Lunatic asylums Bombay report 1891-1903 - 1891-1903
Year: 1891
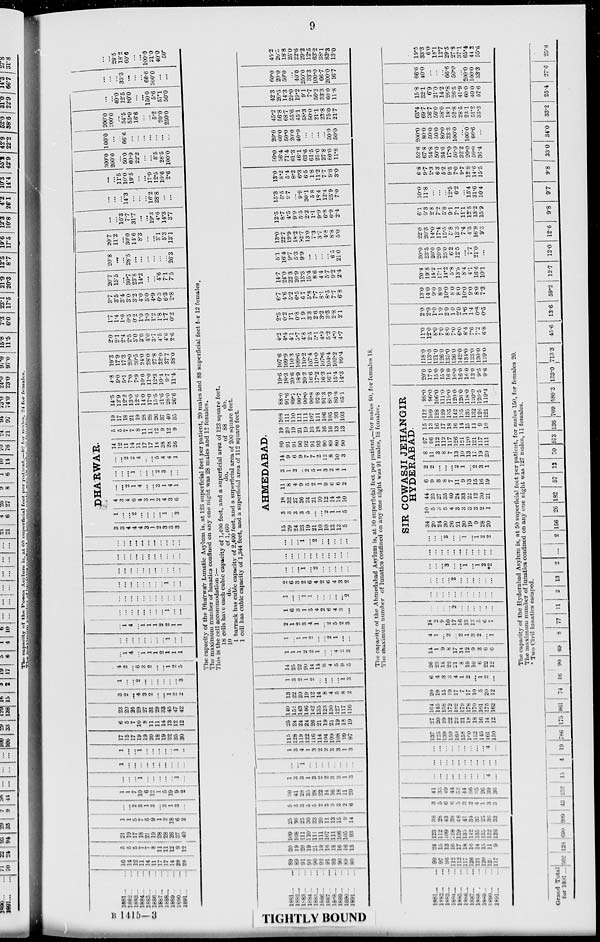
9
1881
...
...
1882 ... ...
1883 ... ...
1884 ... ...
1885 ... ...
1886 ... ...
1887 ... ...
1888 ... ...
1889 ... ...
1890 ...
...
1891
...
...
16
14
12
11
14
11
17
17
14
28
28
5
5
5
7
7
8
11
11
12
9
12
21
19
17
18
21
19
28
28
26
37
40
1
1
5
7
5
9
1
2
18
6
2
...
...
2
3
1
3
...
3
1
3
...
1
1
7
10
6
12
1
5
19
9
2
...
...
...
1
...
...
...
...
...
1
...
...
...
...
...
...
... ...
...
...
...
...
...
...
...
1
...
...
...
...
...
1i
...
17
15
17
19
19
20
18
19
32
35
30
6
5
7
10
8
11
11
14
13
12
12
23
20
24
29
27
31
29
33
45
47
42
3
2
...
4
3
2
...
...
1
2
2
1
...
...
2
...
...
...
...
...
...
3
4
2
...
6
3
2
...
...
1
2
5
...
1i
4
...
1
1
1
2
1
1
1
...
...
...
...
...
...
...
...
1
...
...
...
1
4
...
1
1
1
2
2
1
1
...
...
...
...
...
...
...
...
1
...
...
...
...
...
...
...
...
...
...
...
...
...
...
...
...
...
...
...
...
...
1
...
...
...
...
...
...
...
...
...
...
...
...
...
...
...
...
...
...
...
...
...
...
...
...
...
...
...
...
...
...
...
...
...
...
...
3
3
4
4
4
3
1
2
3
3
3
DHÁRWÁR.
1
...
...
2
...
...
...
...
1
...
3
4
3
4
6
4
3
1
2
4
3
6
...
...
2
1
4
...
...
3
1
4
1
...
...
...
1
...
...
...
2
3
...
...
...
...
2
2
4
...
...
5
4
4
1
14
12
11
14
11
17
17
14
28
28
26
5
5
7
7
8
11
11
12
9
12
9
19
17
18
21
19
28
28
26
37
40
35
14.5
12.9
12.2
13.0
12.6
14.0
17.0
15.5
21.6
28.0
26.6
4.8
5.0
5.1
7.0
7.9
10.0
11.0
12.3
10.4
9.7
11.4
19.3
17.9
17.3
20.0
20.5
24.0
28.0
27.8
32.0
37.7
38.0
2.0
2.1
2.4
2.5
3.0
3.0
4.0
3.7
4.5
4.6
2.6
1.7
1.4
1.0
0.5
0.2
1.0
1.0
1.2
1.8
1.7
0.2
3.7
3.5
3.4
3.0
3.2
4.0
5.0
4.9
6.3
6.3
2.8
20.7
15.5
...
30.7
23.8
14.2
...
...
4.6
7.1
7.5
20.8
...
...
28.5
...
...
...
...
...
...
26.3
20.7
11.2
...
30.0
14.6
8.3
...
...
3.1
5.3
13.1
...
...
16.3
7.7
31.7
...
...
19.3
4.6
14.3
3.7
...
...
...
14.3
...
...
...
16.2
28.8
...
...
...
...
11.5
10.0
19.5
...
...
17.9
12.5
10.6
2.6
300.0
200.0
...
50.0
60.9
22.2
...
...
5.5
28.5
100.0
100.0
...
...
66.6
...
...
...
...
...
...
...
200.0
200.0
...
54.5
55.0
16.6
...
...
5.2
20.0
250.0
...
...
40.0
12.5
80.0
...
...
150.0
5.6
57.1
50.0
...
...
...
33.3
...
...
...
66.6
300.0
...
...
...
...
28.5
18.2
60.6
...
...
100.0
21.0
40.0
50.
The capacity of the Dhárwár Lunatic Asylum is, at 123 superficial feet per patient, 20 males and 88 superficial feet for 12 females.
The maximum number of lunatics confined on any one night was 28 males and 12 females.
This is the cell accommodation :—
18 cells have each cubic capacity of 1,490 feet, and a superficial area of 123 square feet.
10
do.
of 1,460
do.
of 88
do.
1 barrack has cubic capacity of 2,400 feet, and a superficial area of 200 square feet.
1 cell has cubic capacity of 1,344 feet, and a superficial area of 112 square feet.
1881...
...
1882 ...
...
1883 ...
...
1884 ...
...
1885 ...
...
1886 ...
...
1887 ...
...
1888 ...
...
1889 ...
...
1890 ...
...
1891 ... ...
89
89
91
91
90
92
91
93
90
89
80
20
19
20
19
21
19
16
18
16
16
13
109
108
111
110
111
111
107
111
106
105
93
25
36
25
30
23
20
11
13
15
9
14
5
5
3
5
5
2
3
3
3
2
6
30
41
28
35
28
22
14
16
18
11
20
1
3
3
1
3
2
2
3
3
1
3
...
...
1
...
...
...
...
...
...
...
...
1
3
4
1
3
2
2
3
3
1
3
115
128
119
122
116
114
l04
109
108
99
97
25
24
24
24
26
21
19
21
19
18
19
140
152
143
146
142
135
123
130
127
117
116
13
22
20
19
12
14
8
4
5
8
2
1
3
2
1
2
...
...
...
...
1
3
14
25
22
20
14
14
8
4
5
9
5
1
1
1
2
2
1
...
...
4
2
3
1
...
1
1
2
...
...
2
1
...
...
2
1
2
3
4
1
...
2
5
2
3
l
6
3
1
5
4
2
6
4
3
...
l
...
...
1
1
...
...
...
...
...
2
2
6
3
2
6
4
2
6
4
3
2
...
...
...
1
...
2
...
...
...
...
...
...
...
...
...
...
...
...
...
...
...
...
...
...
...
1
...
2
...
...
...
...
...
15
29
24
23
19
21
10
10
13
13
5
AHMEDABAD.
3
3
3
3
5
...
...
2
1
1
5
18
32
27
26
24
21
10
12
14
14
10
11
8
4
9
5
2
1
9
6
6
2
3
1
2
..
2
5
1
3
2
4
1
14
9
6
9
7
7
2
12
8
10
3
89
91
91
90
92
91
93
90
89
80
90
19
20
19
21
19
16
18
16
16
13
13
108
111
110
111
111
107
111
106
105
93
103
88.0
91.6
89.7
90.7
90.0
90.8
92.8
91.3
88.3
86.8
85.1
19.6
18.3
20.6
18.9
20.2
16.6
17.2
16.3
16.1
15.4
14.3
107.6
109.9
110.3
109.6
110.2
107.4
110.0
107.6
104.4
102.2
99.4
4.2
4.4
4.1
5.7
4.8
2.5
5.1
4.9
5.2
4.9
4.7
2.5
0.2
1.1
0.8
1.9
3.3
2.6
3.2
3.3
2.8
2.1
6.7
4.6
5.2
6.5
6.7
5.8
7.7
8.1
8.5
7.7
6.8
14.7
24.0
22.3
20.9
13.3
15.4
8.6
4.4
5.7
9.2
2.4
5.1
16.4
9.7
5.3
9.9
...
...
...
...
6.5
21.0
13.0
22.7
19.9
18.2
12.7
13.0
7.3
3.7
4.8
8.8
5.0
12.5
8.7
4.5
9.9
5.5
2.2
1.1
9.9
6.8
6.9
2.4
15.3
5.5
9.7
...
9.9
30.1
5.8
18.4
12.4
25.9
7.0
13.0
8.2
5.4
8.2
6.3
6.5
1.8
11.2
7.7
9.8
3.0
50.0
56.4
71.4
61.3
46.1
63.6
61.5
25.0
27.8
80.0
11.8
20.0
60.0
50.0
20.0
40.0
...
...
...
...
50.0
50.0
45.2
56.8
68.7
55.6
45.1
58.3
50.0
21.1
23.8
75.0
21.7
42.3
20.5
14.3
29.0
19.2
9.1
7.7
56.2
33.3
60.0
11.8
60.0
20.0
50.0
...
40.0
250.0
33.3
100.0
66.7
200.0
16.7
45.2
20.5
18.8
25.0
22.6
29.2
12.5
63.2
38.1
83.3
13.0
The capacity of the Ahmedabad Asylum is, at 50 superficial feet per patient,—for males 90, for females 18.
The maximum number of lunatics confined on any one night was 91 males, 18 females.
1881 ...
...
1882 ...
...
1883 ...
...
1884 ...
...
1885...
...
1886 ...
...
1887...
...
1888 ... ...
1889 ...
...
1890...
...
1891 ...
...
99
97
96
112
112
117
126
121
120
121
117
24
15
13
16
17
18
16
14
15
11
9
123
112
109
128
129
135
142
135
135
132
126
38
28
43
38
48
41
34
31
25
36
33
3
5
6
6
5
3
2
4
1
3
3
41
33
49
44
53
44
36
35
26
39
36
...
...
...
...
...
...
...
...
...
4
...
...
...
...
...
...
...
...
...
...
...
...
...
...
...
...
...
...
...
...
...
4
...
l37
125
139
150
160
158
160
152
145
161
150
27
20
19
22
22
21
18
18
16
14
12
164
145
158
172
182
179
178
170
16l
175
162
20
19
15
19
17
7
17
10
5
20
12
6
4
3
3
4
1
2
...
1
2
...
26
23
18
22
21
8
19
10
6
22
12
14
1
9
8
17
14
12
9
3
6
6
4
1
...
2
...
2
1
3
2
...
1
18
2
9
10
17
16
13
12
5
6
7
...
...
...
...
2
...
...
...
...
...
...
...
...
...
...
...
...
...
...
...
...
...
...
...
...
...
2
...
...
...
...
...
...
...
...
...
3
...
...
1
...
1
2
*2
...
...
...
...
...
...
...
...
...
...
...
SIR COWASJI JEHANGIR
...
...
...
3
...
...
1
...
1
2
2
34
20
24
30
36
21
30
19
9
28
20
HYDERABAD.
10
5
3
5
4
3
3
3
3
2
1
44
25
27
35
40
24
33
22
12
30
21
6
9
3
8
7
11
9
13
15
16
19
2
2
...
...
...
2
1
...
2
3
1
8
11
3
8
7
13
10
13
17
19
20
97
96
112
112
117
126
121
120
121
117
111
15
13
16
17
18
16
14
15
11
9
10
112
109
128
129
135
142
135
135
132
126
121
98.0
96.0
106.0
111.0
119.0
120.0
126.0
118.0
120.0
120.5
119.4
20.0
17.0
15.0
15.0
16.0
16.0
16.0
16.0
13.0
9.5
9.6
118.0
113.0
121.0
126.0
135.0
136.0
142.0
134.0
133.0
130.0
129.0
11.0
12.0
8.0
7.0
8.0
7.0
6.0
8.4
7.6
7.2
6.8
2.0
2.0
1.0
1.0
2.0
1.0
2.0
1.6
1.4
0.8
0.5
13.0
14.0
9.0
8.0
10.0
8.0
8.0
10.0
9.0
8.0
7.3
20.4
19.8
14.2
17.1
14.2
5.8
13.5
8.4
4.1
16.6
10.1
30.0
23.5
20.0
20.0
25.0
6.2
12.5
...
7.7
21.0
...
22.0
20.3
14.0
17.4
15.5
5.8
13.3
7.4
4.5
16.9
9.3
6.1
9.3
2.8
7.2
5.8
9.1
7.1
11.1
12.5
13.2
15.9
10.0
11.8
...
...
...
12.5
6.2
...
15.4
31.6
10.4
6.8
9.7
2.3
6.3
5.2
9.5
7.0
9.7
12.8
14.6
15.5
52.6
67.8
34.8
50.0
34.6
17.0
50.0
32.2
20.0
50.0
36.4
200.0
80.0
50.0
50.0
80.0
33.3
100.0
...
100.0
66.6
...
63.4
69.7
36.7
50.0
38.0
18.1
52.8
28.5
23.1
51.2
33.3
15.8
32.1
6.9
21.0
14.2
26.8
26.5
41.9
60.0
40.0
57.6
66.6
40.0
...
...
...
66.6
50.0
...
200.0
100.0
33.3
19.5
33.3
6.0
18.1
12.7
29.5
27.8
37.1
65.4
44.2
55.6
The capacity of the Hyderabad Asylum is, at 50 superficial feet per patient, for males 150, for females 20.
The maximum number of lunatics confined on any one night was 127 males, 11 females.
* Two Civil lunatics escaped.
Grand Total
for 1891 ... 562 128 690 209 43
252
15
4
19 786 175 961 74 16 90 69
8
77 11
2 13
2 ...
2 156 26 182
57 13 70 573 136 709 580.3 133.0 713.3
45.6 13.6 59.2 12.7
12.0 12.6
9.8
9.7
9.8
33.0 34.0
33.2 25.4
27.6
25.8
B 1415—3
TIGHTLY BOUND